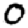
Digit: 0